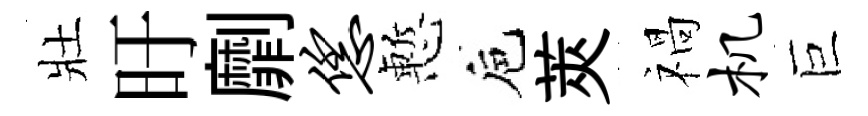
壯旴劘恁慙巵莢禍机巨